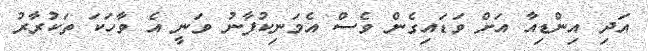
އަދި އިންޑިއާ އަށް ވަޑައިގެން ވެސް އެމަނިކުފާނު ވަނީ އެ ވާހަކަ ތަކުރާރު